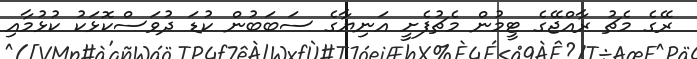
ރޭގެ މެޗު ރާއްޖޭގެ ޓީމުން މެޗުފެށީ އަނިޔާގެ ސަބަބުން ކުޑަ ދުވަސްކޮޅަކު ކުޅުމާއި